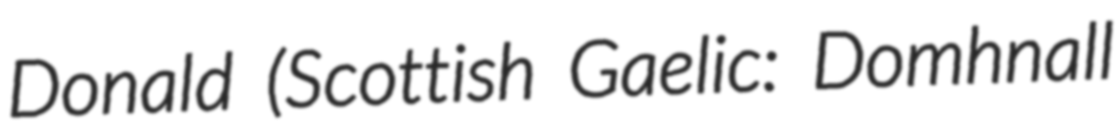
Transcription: Donald (Scottish Gaelic: Domhnall